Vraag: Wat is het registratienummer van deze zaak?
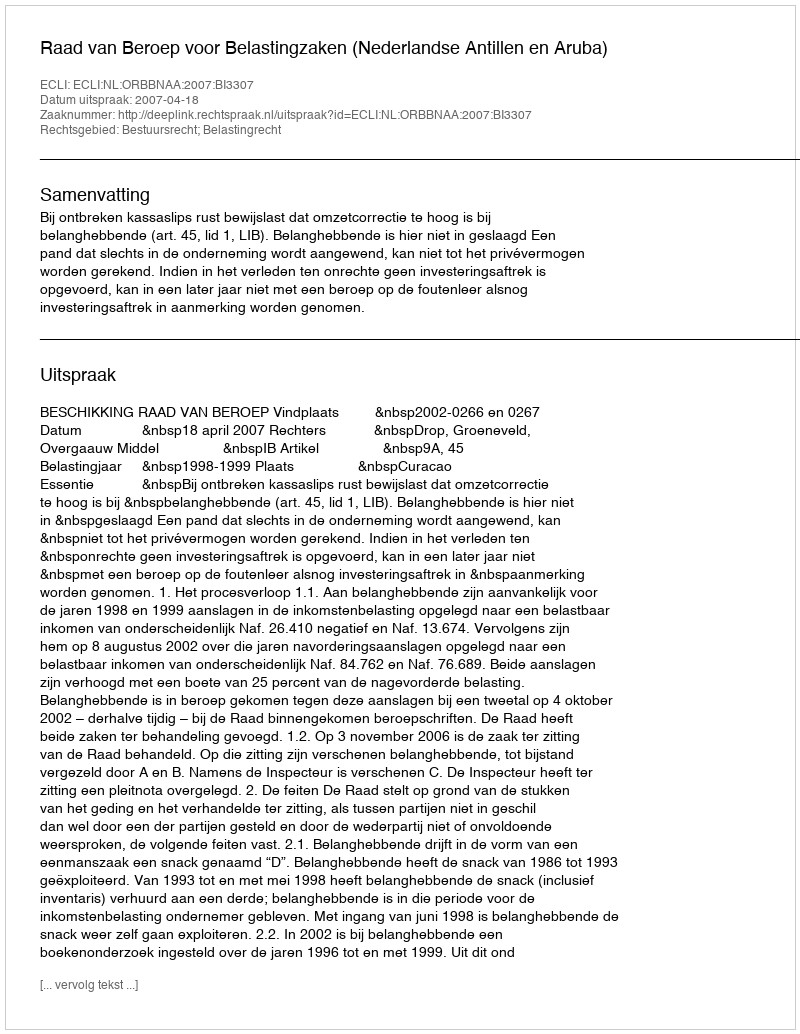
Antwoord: http://deeplink.rechtspraak.nl/uitspraak?id=ECLI:NL:ORBBNAA:2007:BI3307